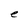
Character: e